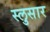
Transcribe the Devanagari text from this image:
स्लुसार